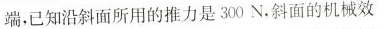
端，已知沿斜面所用的推力是300N，斜面的机械效